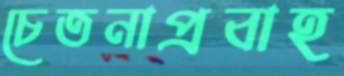
চেতনাপ্রবাহ